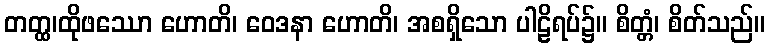
တတ္ထ၊ထိုဖဿော ဟောတိ၊ ဝေဒနာ ဟောတိ၊ အစရှိသော ပါဠိရပ်၌။ စိတ္တံ၊ စိတ်သည်။